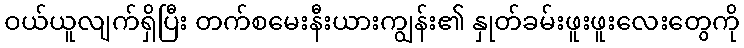
ဝယ်ယူလျက်ရှိပြီး တက်စမေးနီးယားကျွန်း၏ နှုတ်ခမ်းဖူးဖူးလေးတွေကို